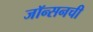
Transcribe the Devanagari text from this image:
जॉन्सनची